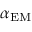
\alpha _ { \mathrm { E M } }